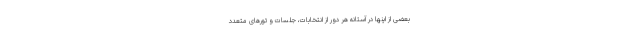
بعضی از اینها در آستانه هر دور از انتخابات، جلسات و تورهای متعدد